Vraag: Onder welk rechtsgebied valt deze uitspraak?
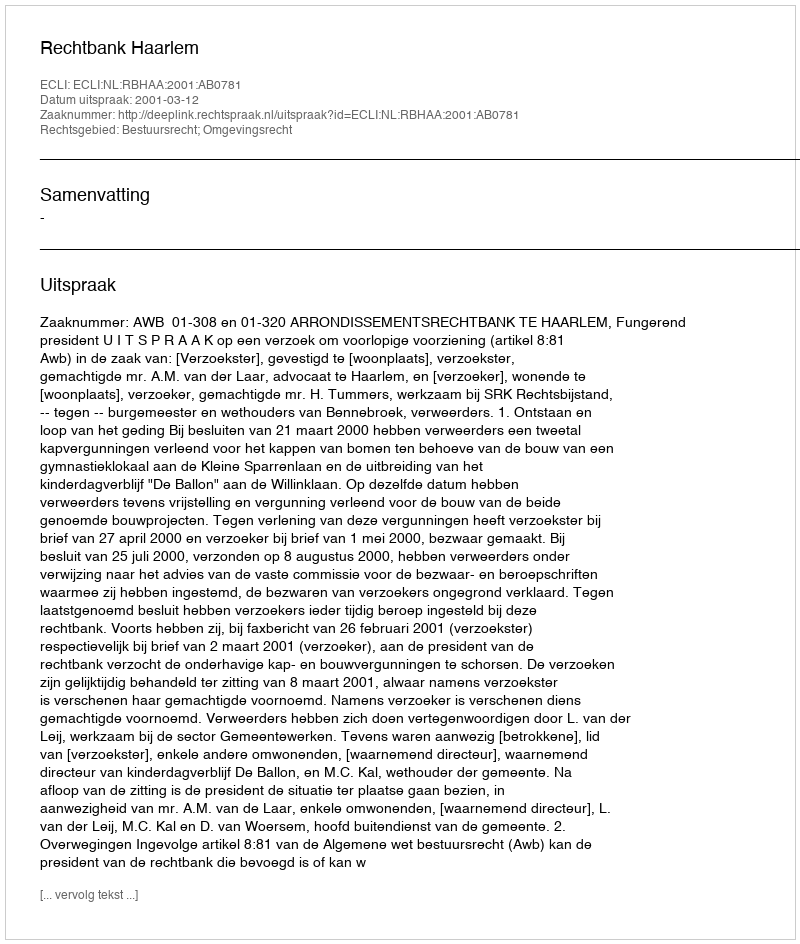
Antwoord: Bestuursrecht; Omgevingsrecht